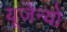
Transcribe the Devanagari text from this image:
यूजेन्यो